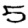
Digit: 5